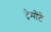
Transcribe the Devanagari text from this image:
ट्रेमोंटे